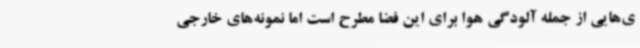
ی‌هایی از جمله آلودگی هوا برای این فضا مطرح است اما نمونه‌های خارجی